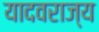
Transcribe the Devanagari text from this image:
यादवराज्य